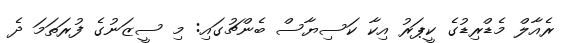
ރެއާލް މެޑްރިޑުގެ ކީޕަރު އިކާ ކަސިޔާސް ބެންޗުގައި: މި ސީޒަނުގެ ފުރަތަމަ ދެ